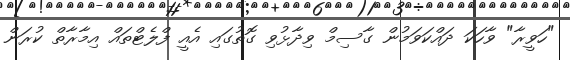
"ހަވީރާ" ވާހަކަ ދައްކަވަމުން ގާސިމް ވިދާޅުވި ގޮތުގައި އެއީ ފްލެޓްތައް އިމާރާތް ކުރަން